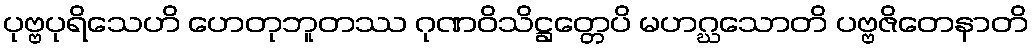
ပုဗ္ဗပုရိသေဟိ ဟေတုဘူတဿ ဂုဏဝိသိဋ္ဌတ္တေပိ မဟဂ္ဃသောတိ ပဗ္ဗဇိတေနာတိ